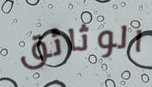
الوثائق